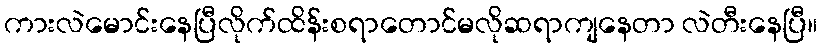
ကားလဲမောင်းနေပြီလိုက်ထိန်းစရာတောင်မလိုဆရာကျနေတာ လဲတီးနေပြီ။